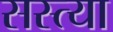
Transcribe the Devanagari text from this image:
सस्त्या